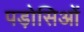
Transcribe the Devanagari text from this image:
पड़ोसिओं